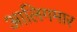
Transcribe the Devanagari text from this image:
आलिगमार